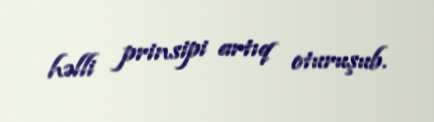
həlli prinsipi artıq oturuşub.